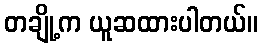
တချို့က ယူဆထားပါတယ်။